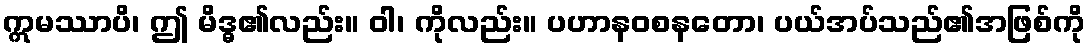
ဣမဿာပိ၊ ဤ မိဒ္ဓ၏လည်း။ ဝါ၊ ကိုလည်း။ ပဟာနဝစနတော၊ ပယ်အပ်သည်၏အဖြစ်ကို